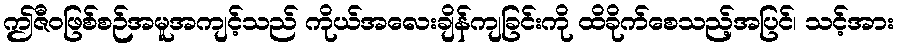
ဤဇီဝဖြစ်စဉ်အမူအကျင့်သည် ကိုယ်အလေးချိန်ကျခြင်းကို ထိခိုက်စေသည့်အပြင်၊ သင့်အား